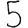
Digit: 5